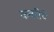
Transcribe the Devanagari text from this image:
कबरीचे